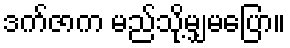
ဒက်ဇာက မည်သို့မျှမပြော။